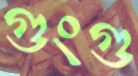
গুংগু